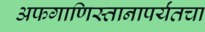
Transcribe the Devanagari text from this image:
अफगाणिस्तानापर्यंतचा